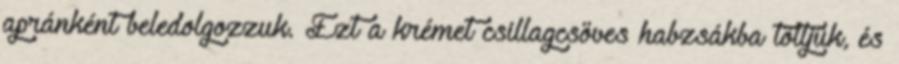
apránként beledolgozzuk. Ezt a krémet csillagcsöves habzsákba töltjük, és